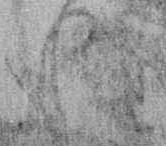
経